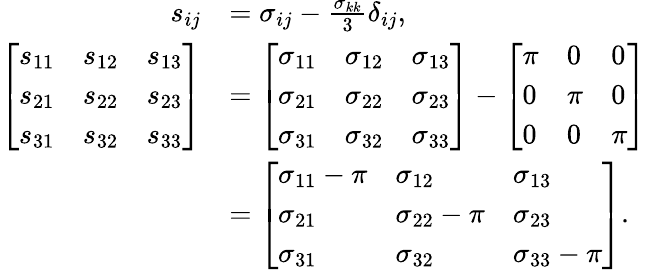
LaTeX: {\begin{array}{rl}{s_{ij}}&{=\sigma_{ij}-{\frac{\sigma_{kk}}{3}}\delta_{ij},\, }\\ {\left[{\begin{array}{lll}{s_{11}}&{s_{12}}&{s_{13}}\\ {s_{21}}&{s_{22}}&{s_{23}}\\ {s_{31}}&{s_{32}}&{s_{33}}\end{array}}\right]}&{=\left[{\begin{array}{lll}{\sigma_{11}}&{\sigma_{12}}&{\sigma_{13}}\\ {\sigma_{21}}&{\sigma_{22}}&{\sigma_{23}}\\ {\sigma_{31}}&{\sigma_{32}}&{\sigma_{33}}\end{array}}\right]-\left[{\begin{array}{lll}{\pi}&{0}&{0}\\ {0}&{\pi}&{0}\\ {0}&{0}&{\pi}\end{array}}\right]}\\ &{=\left[{\begin{array}{lll}{\sigma_{11}-\pi}&{\sigma_{12}}&{\sigma_{13}}\\ {\sigma_{21}}&{\sigma_{22}-\pi}&{\sigma_{23}}\\ {\sigma_{31}}&{\sigma_{32}}&{\sigma_{33}-\pi}\end{array}}\right].}\end{array}}